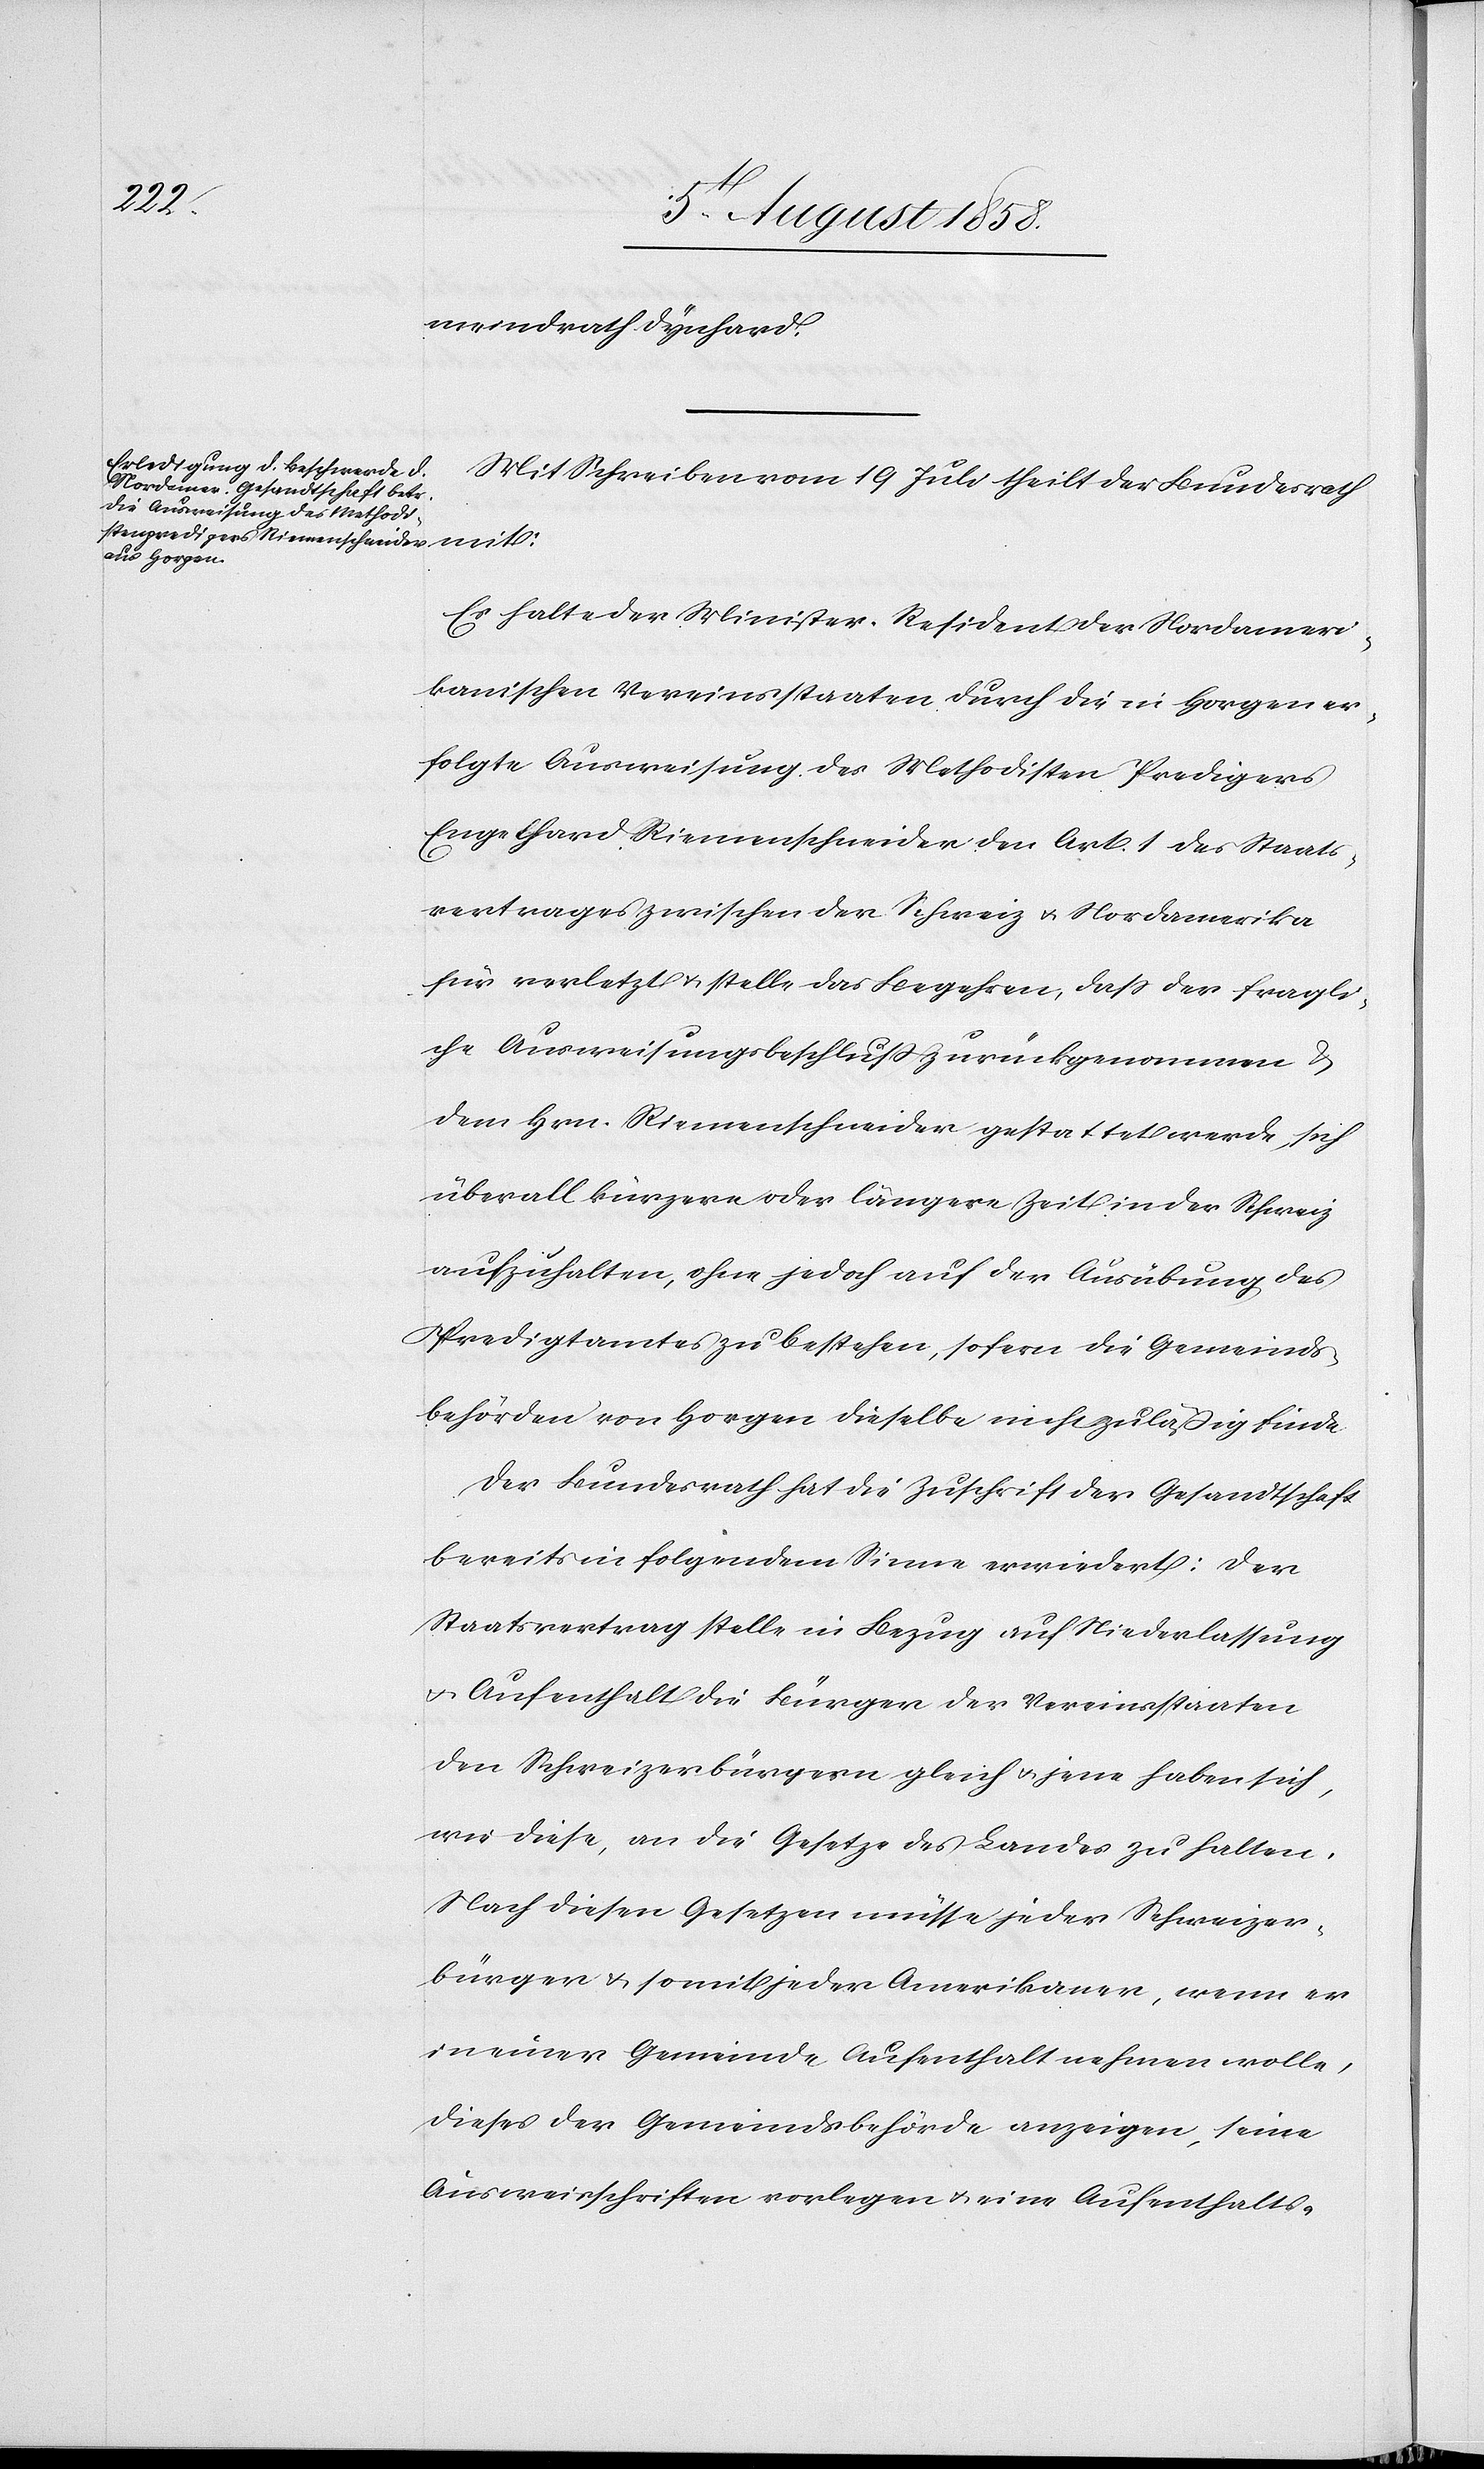
meindrath Dynhard.
Mit Schreiben vom 19 Juli theilt der Bundesrath
Es halte der Minister-Resident der Nordameri¬
kanischen Vereinsstaaten durch die in Horgen er¬
folgte Ausweisung des Methodisten Predigers
Engelhard Riemenschneider den Art. 1 des Staats¬
vertrages zwischen der Schweiz & Nordamerika
für verletzt & stelle das Begehren, dass der fragli¬
che Ausweisungsbeschluss zurückgenommen &
dem Hrn. Riemenschneider gestattet werde, sich
überall kürzere oder längere Zeit in der Schweiz
aufzuhalten, ohne jedoch auf der Ausübung des
Predigtamtes zu bestehen, sofern die Gemeinds¬
behörden von Horgen dieselbe nicht zuläßig finde.
Der Bundesrath hat die Zuschrift der Gesandtschaft
bereits in folgendem Sinne erwiedert: Der
Staatsvertrag stelle in Bezug auf Niederlassung
& Aufenthalt die Bürger der Vereinsstaaten
den Schweizerbürgern gleich & jene haben sich,
wie diese, an die Gesetze des Landes zu halten.
Nach diesen Gesetzen müsse jeder Schweizer¬
bürger & somit jeder Amerikaner, wenn er
in einer Gemeinde Aufenthalt nehmen wolle,
dieses der Gemeindsbehörde anzeigen, seine
Ausweisschriften vorlegen & eine Aufenthalts-